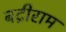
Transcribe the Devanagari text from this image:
बद्रीराम